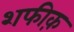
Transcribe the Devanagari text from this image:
शफीक़